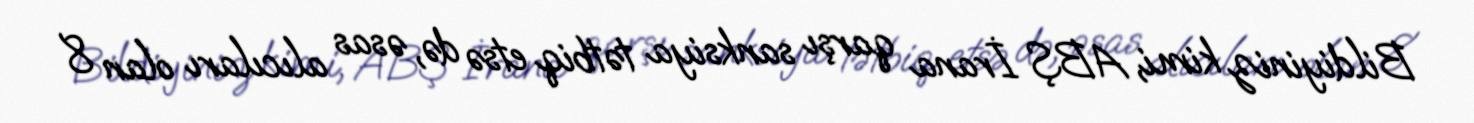
Bildiyiniz kimi, ABŞ İrana qarşı sanksiya tətbiq etsə də, əsas alıcıları olan 8